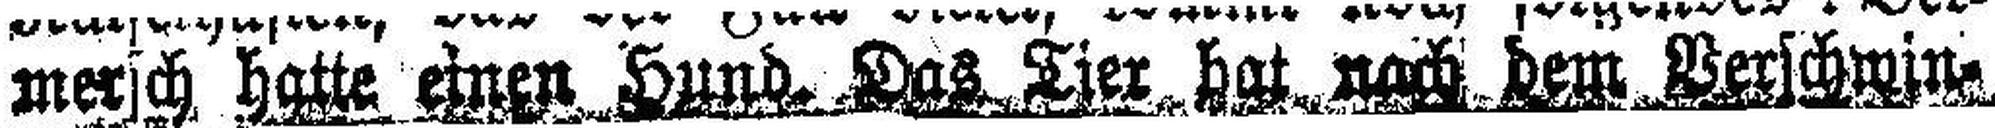
mersch hatte einen Hund. Das Tier hat nach dem Verschwin¬